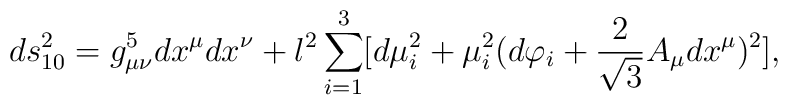
ds^2_{10}=g^5_{\mu\nu}dx^\mu dx^\nu +l^2\sum_{i=1}^3 [d\mu_i^2+\mu_i^2(d\varphi_i+\frac{2}{\sqrt{3}}A_\mu dx^\mu)^2],